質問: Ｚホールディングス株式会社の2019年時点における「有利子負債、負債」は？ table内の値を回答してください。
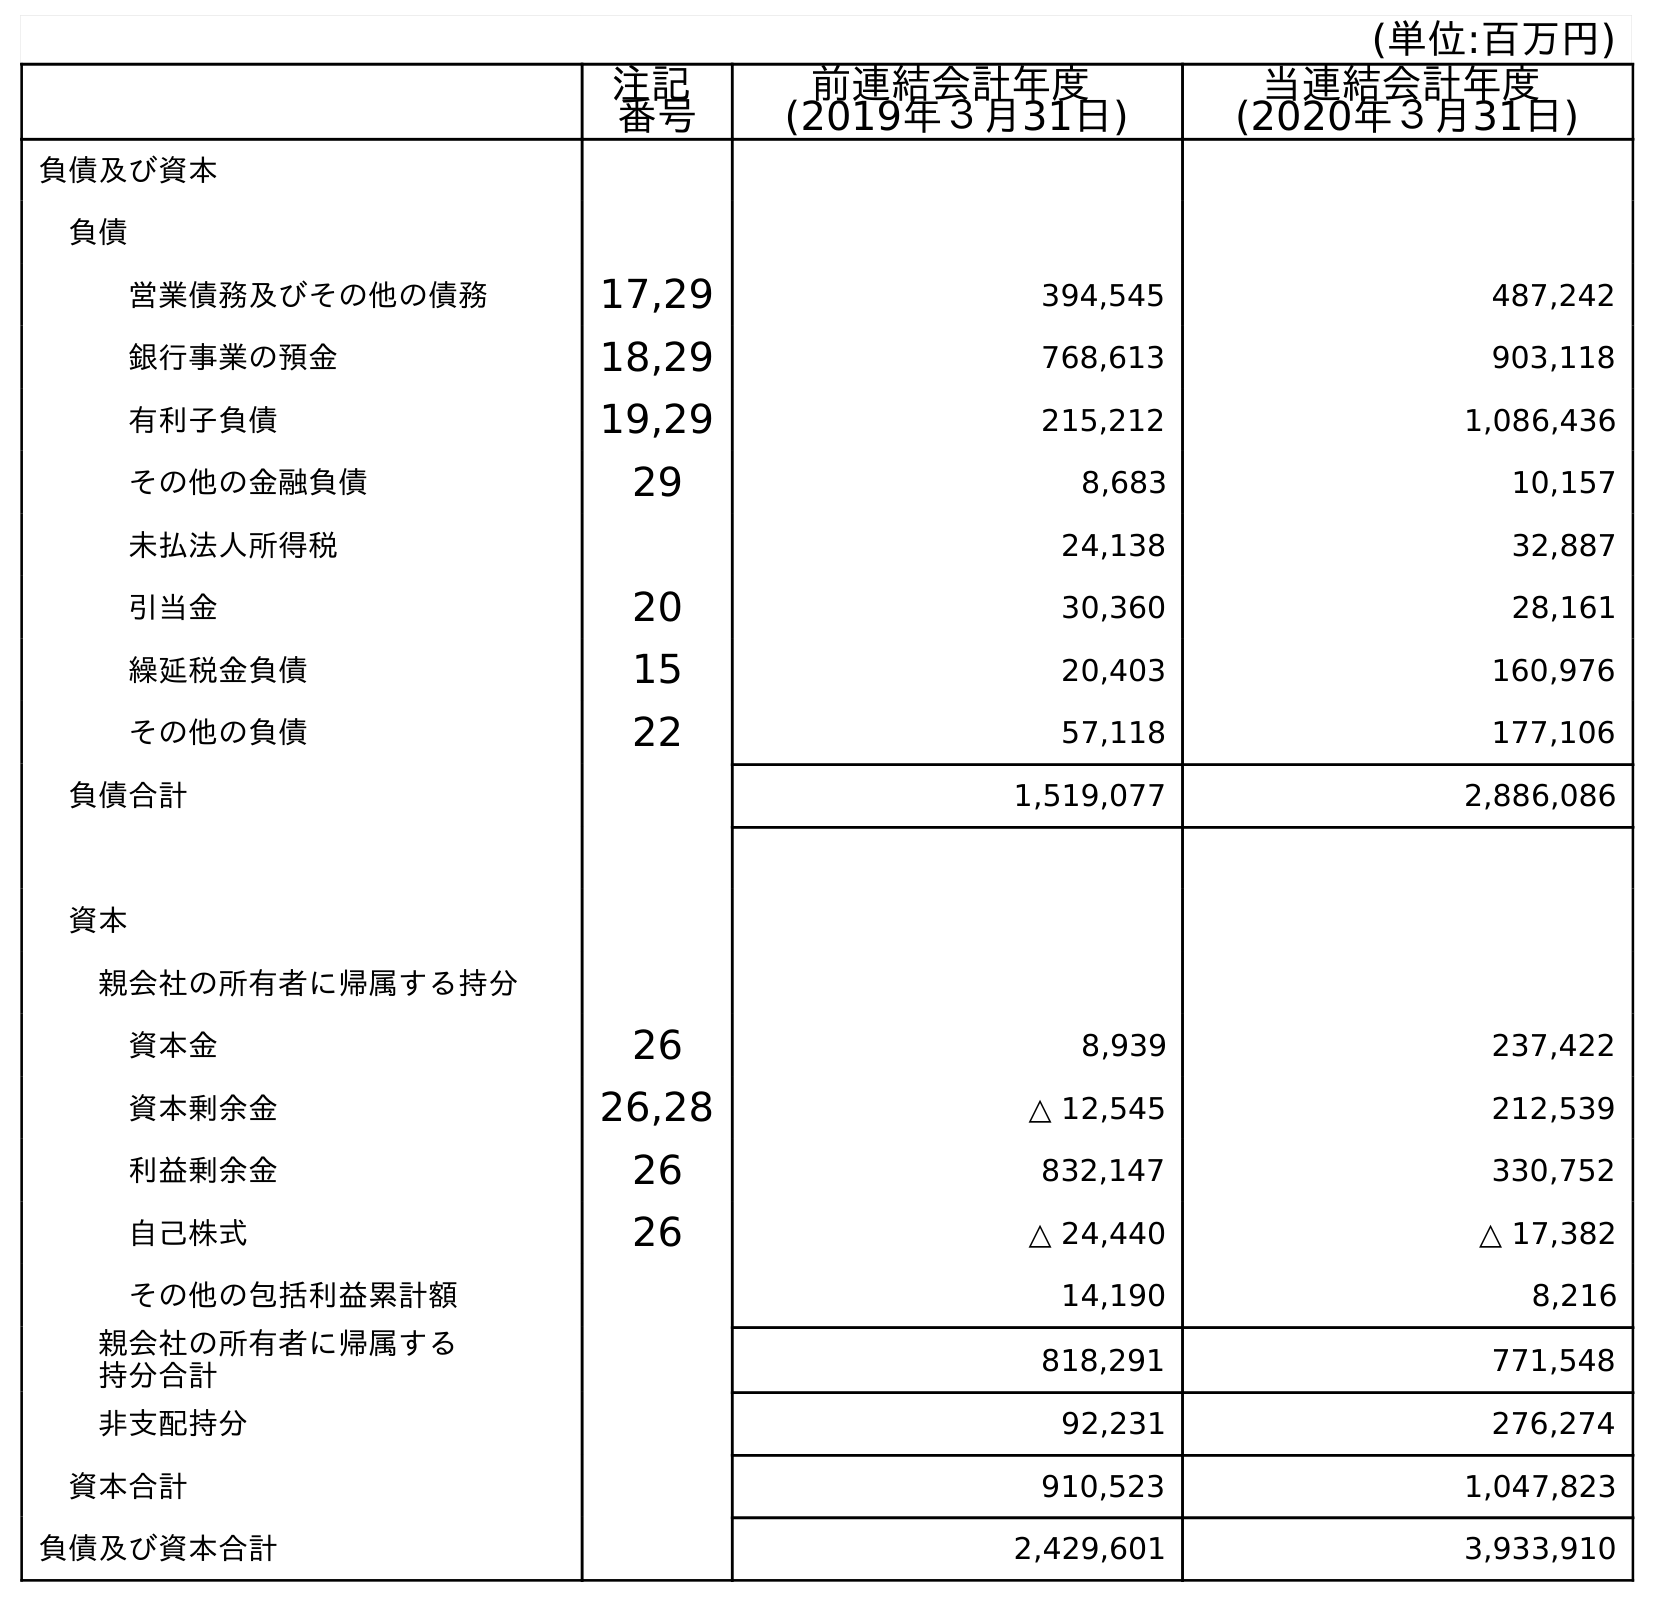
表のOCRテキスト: (単位:百万円) 注記 番号 前連結会計年度 (2019年３月31日) 当連結会計年度 (2020年３月31日) 負債及び資本 負債 営業債務及びその他の債務 17,29 394,545 487,242 銀行事業の預金 18,29 768,613 903,118 有利子負債 19,29 215,212 1,086,436 その他の金融負債 29 8,683 10,157 未払法人所得税 24,138 32,887 引当金 20 30,360 28,161 繰延税金負債 15 20,403 160,976 その他の負債 22 57,118 177,106 負債合計 1,519,077 2,886,086 資本 親会社の所有者に帰属する持分 資本金 26 8,939 237,422 資本剰余金 26,28 △ 12,545 212,539 利益剰余金 26 832,147 330,752 自己株式 26 △ 24,440 △ 17,382 その他の包括利益累計額 14,190 8,216 親会社の所有者に帰属する 持分合計 818,291 771,548 非支配持分 92,231 276,274 資本合計 910,523 1,047,823 負債及び資本合計 2,429,601 3,933,910
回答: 215,212